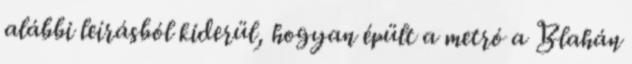
alábbi leírásból kiderül, hogyan épült a metró a Blahán